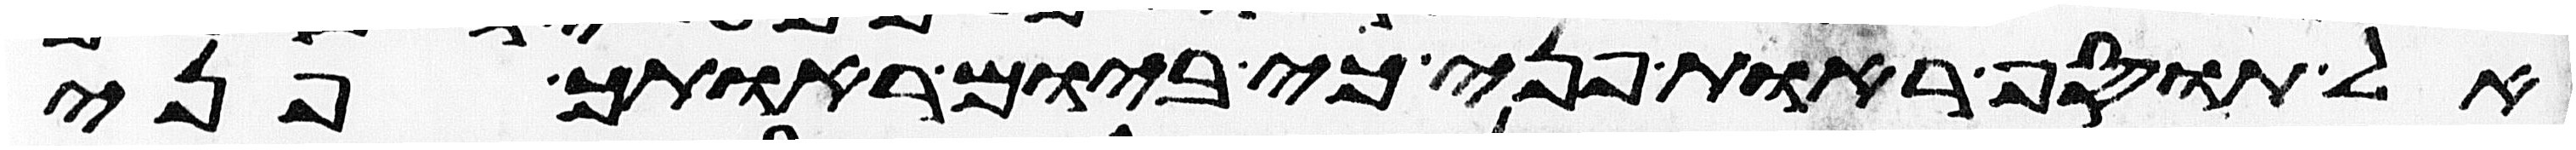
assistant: אל תוסיף ראות פני כי ביום ראותך פני